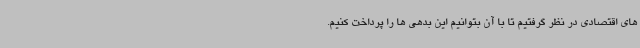
های اقتصادی در نظر گرفتیم تا با آن بتوانیم این بدهی ها را پرداخت کنیم.